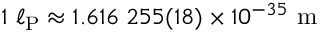
1 \ \ell _ { \mathrm { P } } \approx 1 . 6 1 6 \; 2 5 5 ( 1 8 ) \times 1 0 ^ { - 3 5 } \ \mathrm { m }